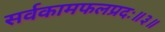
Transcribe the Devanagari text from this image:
सर्वकामफलप्रदः॥३॥